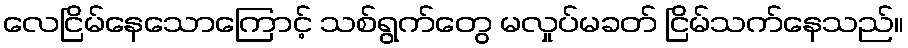
လေငြိမ်နေသောကြောင့် သစ်ရွက်တွေ မလှုပ်မခတ် ငြိမ်သက်နေသည်။